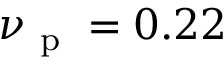
\nu _ { \mathrm { ~ p ~ } } = 0 . 2 2